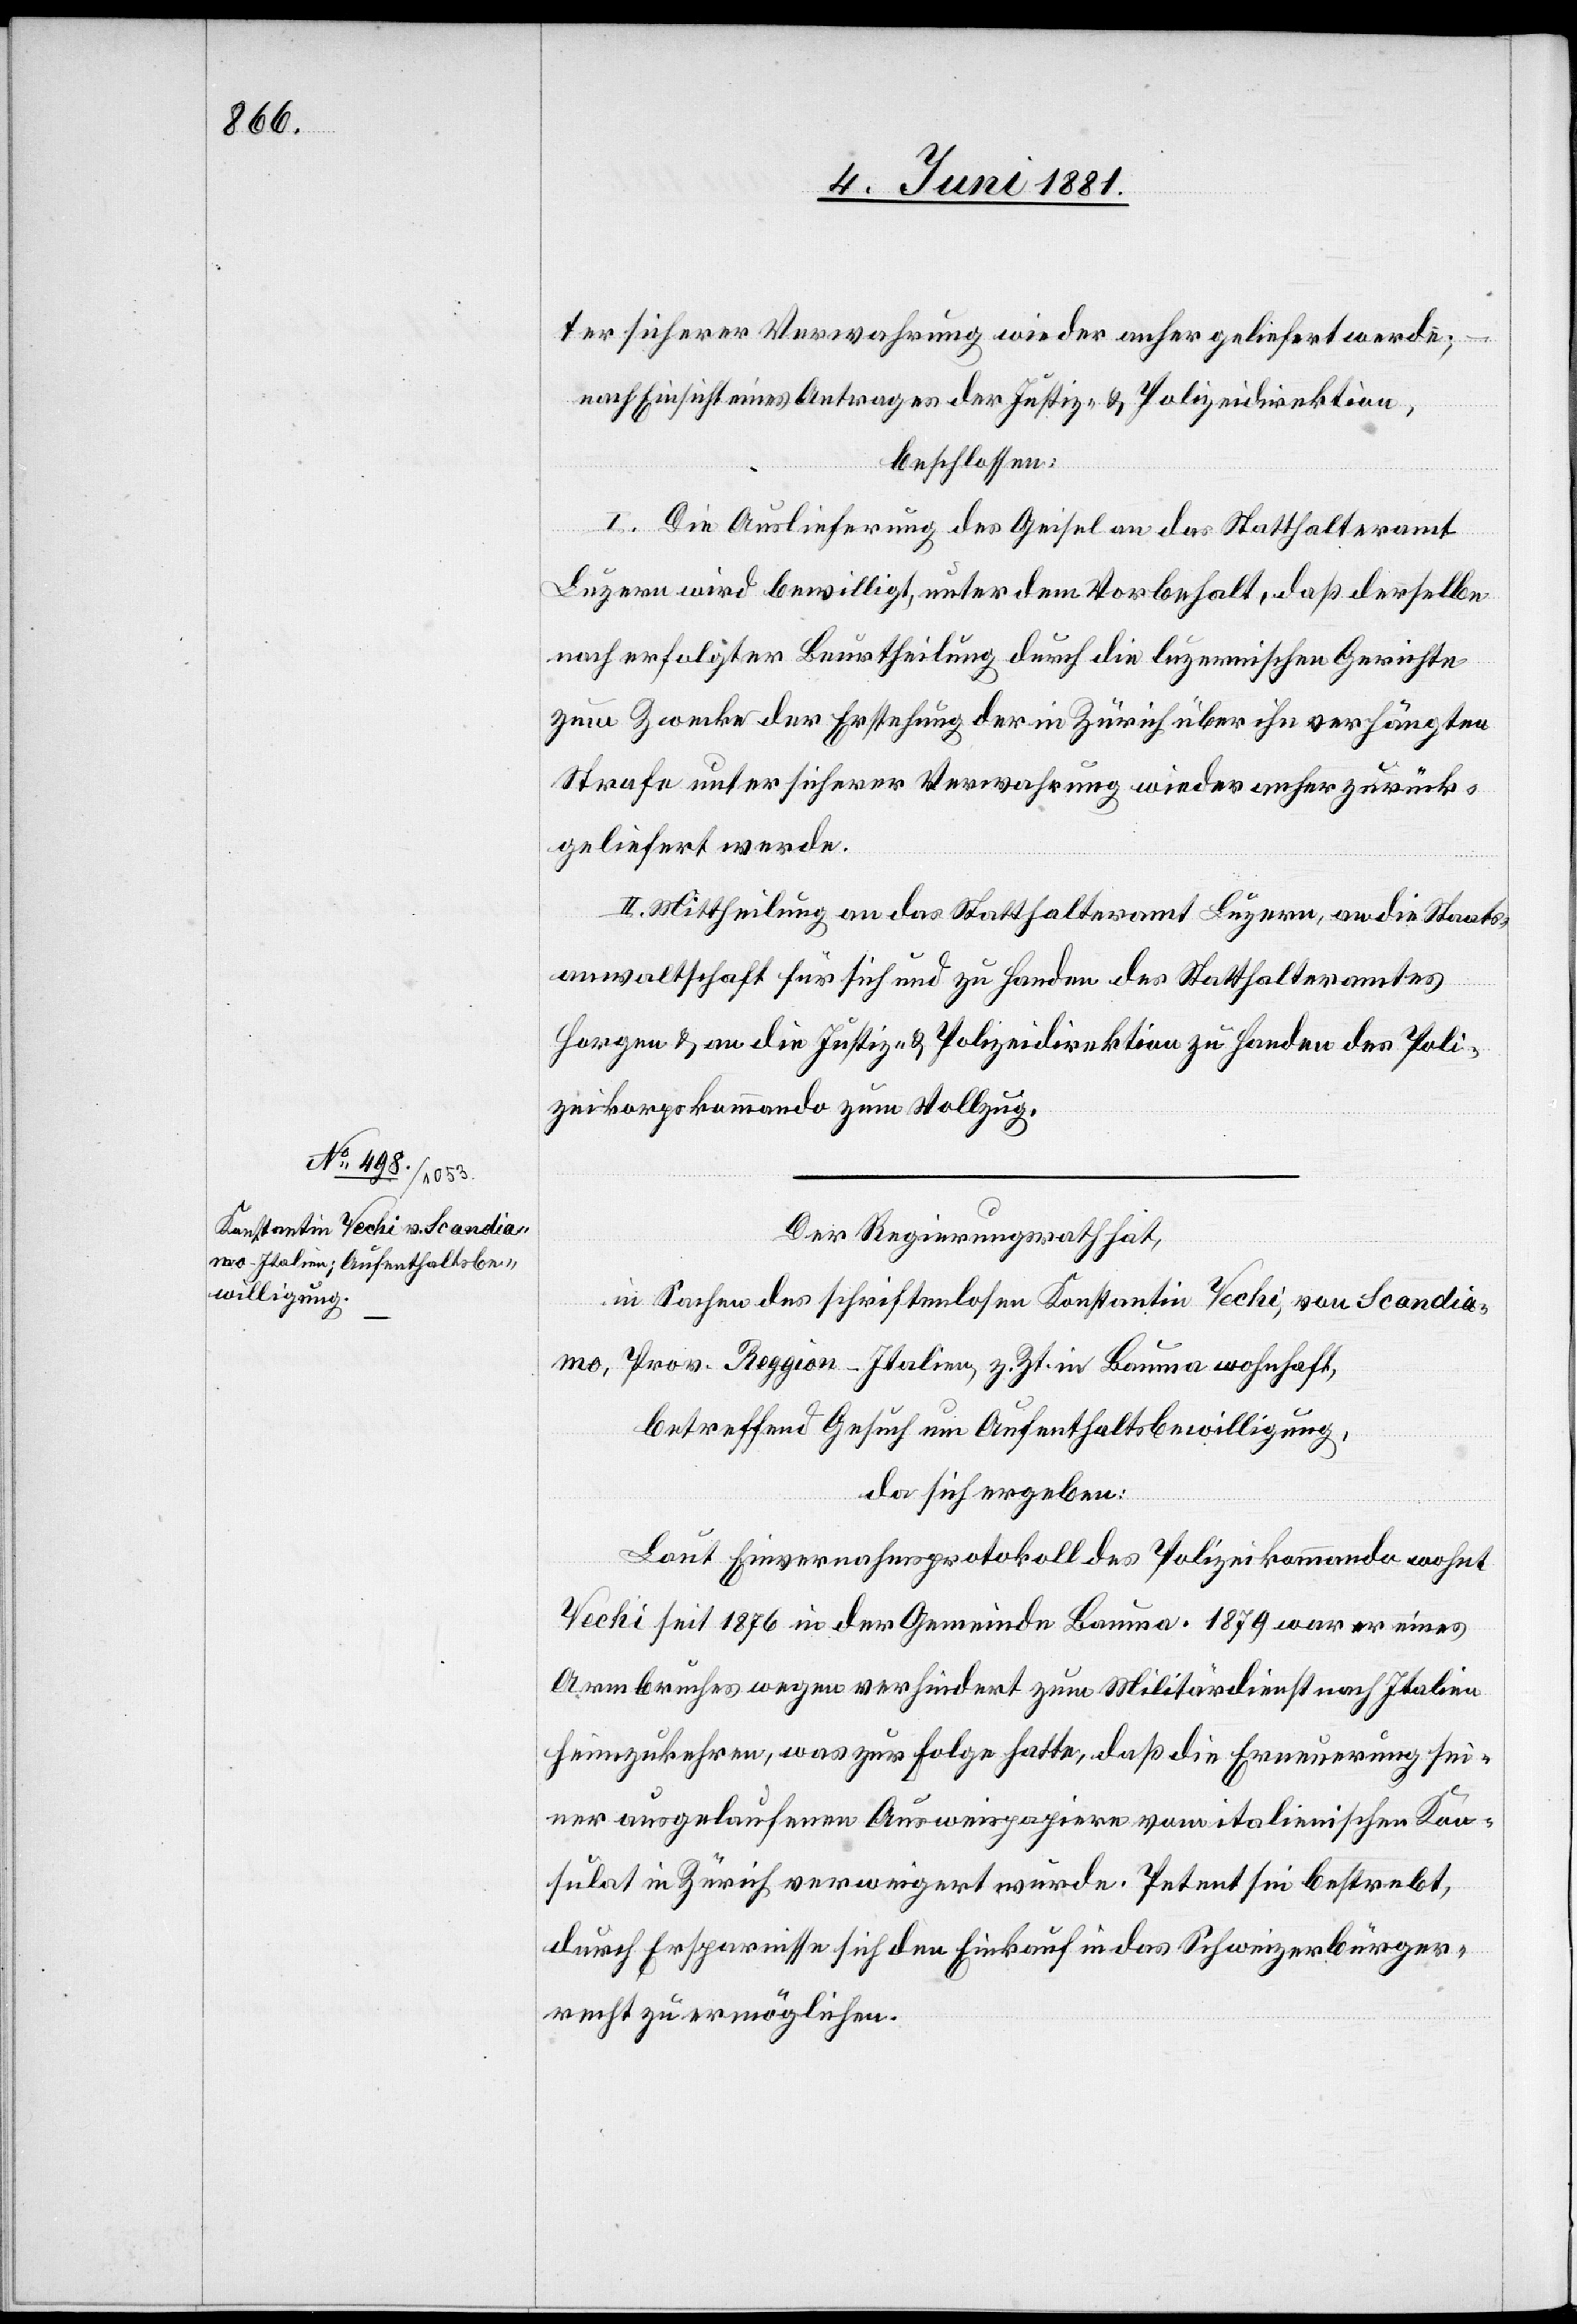
ter sicherer Verwahrung wieder anher geliefert werde;
nach Einsicht eines Antrages der Justiz- & Polizeidirektion,
beschlossen:
I. Die Auslieferung des Geisel an das Statthalteramt
Luzern wird bewilligt, unter dem Vorbehalt, daß derselbe
nach erfolgter Beurtheilung durch die luzernischen Gerichte
zum Zwecke der Erstellung der in Zürich über ihn verhängten
Strafe unter sicherer Verwahrung wieder anher zurück¬
geliefert werde.
II. Mittheilung an das Statthalteramt Luzern, an die Staats¬
anwaltschaft für sich und zu Handen des Statthalteramtes
Horgen & an die Justiz- & Polizeidirektion zu Handen des Poli¬
zeikorpskommando zum Vollzug.
Der Regierungsrath hat,
in Sachen des schriftenlosen Konstantin Techi, von Scandia¬
mo, Prov. Reggion [sic!] - Italien, z. Zt. in Bauma wohnhaft,
betreffend Gesuch um Aufenthaltsbewilligung,
da sich ergeben:
Laut Einvernahmsprotokoll des Polizeikommando wohnt
Techi seit 1876 in der Gemeinde Bauma. 1879 war er eines
Armbruches wegen verhindert zum Militärdienst nach Italien
heimzukehren, was zur Folge hatte, daß die Erneuerung sei¬
ner ausgelaufenen Ausweispapiere vom italienischen Kon¬
sulat in Zürich verweigert wurde. Petent sei bestrebt,
durch Ersparnisse sich den Einkauf in das Schweizerbürger¬
recht zu ermöglichen.